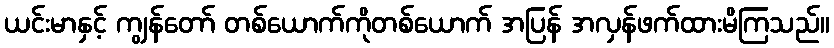
ယင်းမာနှင့် ကျွန်တော် တစ်ယောက်ကိုတစ်ယောက် အပြန် အလှန်ဖက်ထားမိကြသည်။